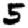
Digit: 5